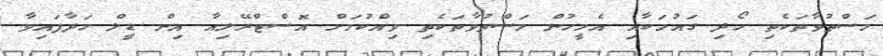
މަސްތުވާތަކެތި ހޯދި ގައުމަކާއި އެމީހުން މަސްތުވާތަކެތި ވިއްކުމަށް އޮސްޓްރޭލިއާ އިން ޑީލް ހަދާފައިވާ